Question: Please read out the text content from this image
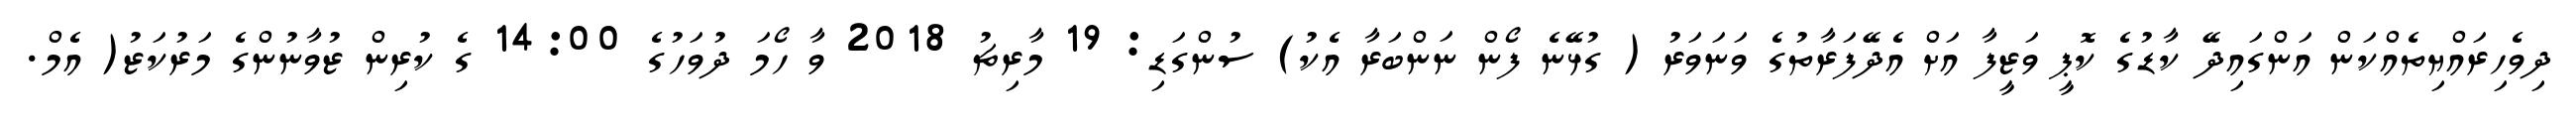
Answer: ދިވެހިރައްޔިތެއްކަން އަންގައިދޭ ކާޑުގެ ކޮޕީ ވަޒީފާ އަށް އެދޭފަރާތުގެ ވަނަވަރު ( ގުޅޭނެ ފޯން ނަންބަރާ އެކު) ސުންގަޑި: 19 މާރިޗު 2018 ވާ ހޯމަ ދުވަހުގެ 14:00 ގެ ކުރިން ޒުވާނުންގެ މަރުކަޒު( އެމް.